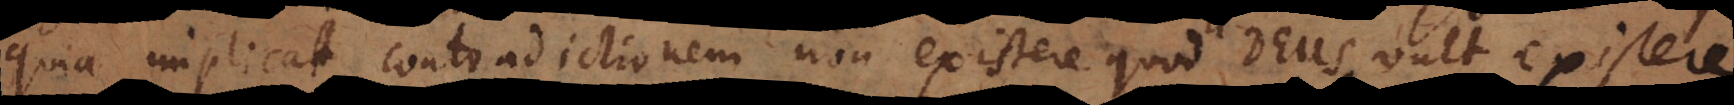
quia implicat contradictionem non existere quod Deus vult existere?